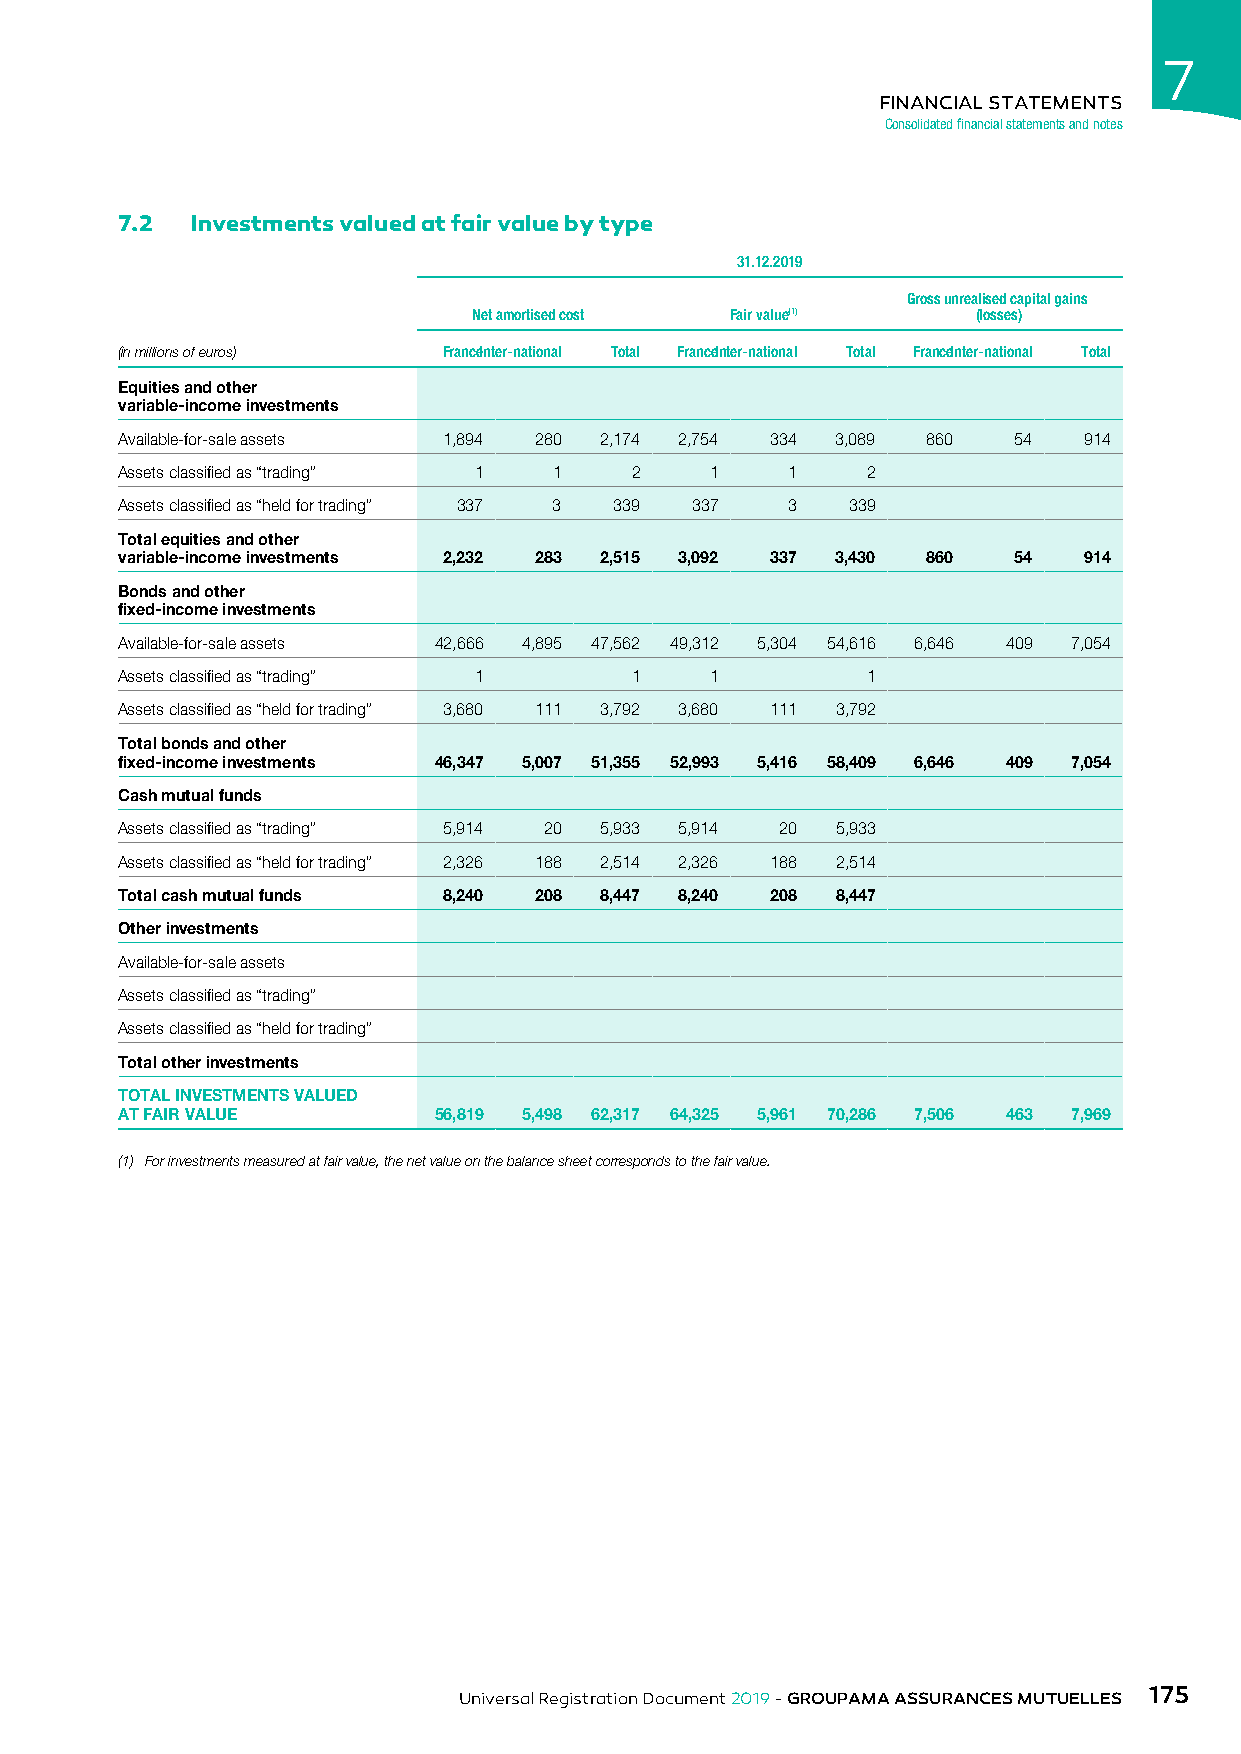
7
 FINANCIAL STATEMENTS
 Consolidated financial statements and notes
 7.2  Investments valued at fair value by type
 31.12.2019
 Gross unrealised capital gains
 Net amortised cost Fair value(1)  (losses)
 (in millions of euros) FranceInter-national Total FranceInter-national Total FranceInter-national Total
 Equities and other
 variable-income investments
 Available-for-sale assets 1,894 280 2,174 2,754 334 3,089 860 54 914
 Assets classified as “trading” 1 1 2   1    1    2
 Assets classified as “held for trading” 337 3 339 337 3 339
 Total equities and other
 variable-income investments 2,232 283 2,515 3,092 337 3,430 860 54 914
 Bonds and other
 fixed-income investments
 Available-for-sale assets 42,666 4,895 47,562 49,312 5,304 54,616 6,646 409 7,054
 Assets classified as “trading” 1  1    1         1
 Assets classified as “held for trading” 3,680 111 3,792 3,680 111 3,792
 Total bonds and other
 fixed-income investments 46,347 5,007 51,355 52,993 5,416 58,409 6,646 409 7,054
 Cash mutual funds
 Assets classified as “trading” 5,914 20 5,933 5,914 20 5,933
 Assets classified as “held for trading” 2,326 188 2,514 2,326 188 2,514
 Total cash mutual funds 8,240 208 8,447 8,240 208 8,447
 Other investments
 Available-for-sale assets
 Assets classified as “trading”
 Assets classified as “held for trading”
 Total other investments
 TOTAL INVESTMENTS VALUED
 AT FAIR VALUE        56,819 5,498 62,317 64,325 5,961 70,286 7,506 463 7,969
 (1) For investments measured at fair value, the net value on the balance sheet corresponds to the fair value.
 175
 Universal Registration Document 2019 - GROUPAMA ASSURANCES MUTUELLES